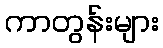
ကာတွန်းများ